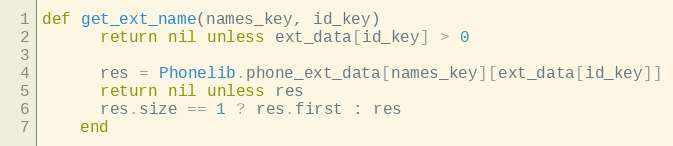
Language: Ruby
def get_ext_name(names_key, id_key)
      return nil unless ext_data[id_key] > 0

      res = Phonelib.phone_ext_data[names_key][ext_data[id_key]]
      return nil unless res
      res.size == 1 ? res.first : res
    end